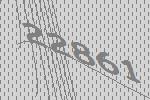
22861